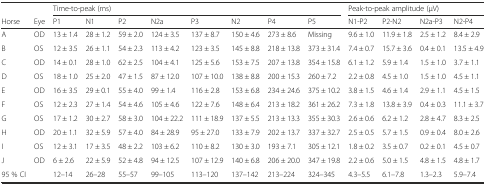
<table><thead><tr><td></td><td></td><td colspan="8"><b>Time-to-peak (ms)</b></td><td colspan="4"><b>Peak-to-peak amplitude (μV)</b></td></tr><tr><td><b>Horse</b></td><td><b>Eye</b></td><td><b>P1</b></td><td><b>N1</b></td><td><b>P2</b></td><td><b>N2a</b></td><td><b>P3</b></td><td><b>N2</b></td><td><b>P4</b></td><td><b>P5</b></td><td><b>N1-P2</b></td><td><b>P2-N2</b></td><td><b>N2a-P3</b></td><td><b>N2-P4</b></td></tr></thead><tbody><tr><td>A</td><td>OD</td><td>13 ± 1.4</td><td>28 ± 1.2</td><td>59 ± 2.0</td><td>124 ± 3.5</td><td>137 ± 8.7</td><td>150 ± 4.6</td><td>273 ± 8.6</td><td>Missing</td><td>9.6 ± 1.0</td><td>11.9 ± 1.8</td><td>2.5 ± 1.2</td><td>8.4 ± 2.9</td></tr><tr><td>B</td><td>OS</td><td>12 ± 3.5</td><td>26 ± 1.1</td><td>54 ± 2.3</td><td>113 ± 4.2</td><td>123 ± 3.5</td><td>145 ± 8.8</td><td>218 ± 13.8</td><td>373 ± 31.4</td><td>7.4 ± 0.7</td><td>15.7 ± 3.6</td><td>0.4 ± 0.1</td><td>13.5 ± 4.9</td></tr><tr><td>C</td><td>OD</td><td>14 ± 0.1</td><td>28 ± 1.0</td><td>62 ± 2.5</td><td>104 ± 4.1</td><td>125 ± 5.6</td><td>153 ± 7.5</td><td>207 ± 13.8</td><td>354 ± 15.8</td><td>6.1 ± 1.2</td><td>5.9 ± 1.4</td><td>1.5 ± 1.0</td><td>3.7 ± 1.1</td></tr><tr><td>D</td><td>OS</td><td>18 ± 1.0</td><td>25 ± 2.0</td><td>47 ± 1.5</td><td>87 ± 12.0</td><td>107 ± 10.0</td><td>138 ± 8.8</td><td>200 ± 15.3</td><td>260 ± 7.2</td><td>2.2 ± 0.8</td><td>4.5 ± 1.0</td><td>1.5 ± 1.0</td><td>4.5 ± 1.1</td></tr><tr><td>E</td><td>OD</td><td>16 ± 3.5</td><td>29 ± 0.1</td><td>55 ± 4.0</td><td>99 ± 1.4</td><td>116 ± 2.8</td><td>153 ± 6.8</td><td>234 ± 24.6</td><td>375 ± 10.2</td><td>3.8 ± 1.5</td><td>4.6 ± 1.4</td><td>2.9 ± 1.1</td><td>4.5 ± 1.5</td></tr><tr><td>F</td><td>OS</td><td>12 ± 2.3</td><td>27 ± 1.4</td><td>54 ± 4.6</td><td>105 ± 4.6</td><td>122 ± 7.6</td><td>148 ± 6.4</td><td>213 ± 18.2</td><td>361 ± 26.2</td><td>7.3 ± 1.8</td><td>13.8 ± 3.9</td><td>0.4 ± 0.3</td><td>11.1 ± 3.7</td></tr><tr><td>G</td><td>OS</td><td>17 ± 1.2</td><td>30 ± 2.7</td><td>58 ± 3.0</td><td>104 ± 22.2</td><td>111 ± 18.9</td><td>137 ± 5.5</td><td>213 ± 13.3</td><td>355 ± 30.3</td><td>2.6 ± 0.6</td><td>6.2 ± 1.2</td><td>2.8 ± 4.7</td><td>8.3 ± 2.5</td></tr><tr><td>H</td><td>OD</td><td>20 ± 1.1</td><td>32 ± 5.9</td><td>57 ± 4.0</td><td>84 ± 28.9</td><td>95 ± 27.0</td><td>133 ± 7.9</td><td>202 ± 13.7</td><td>337 ± 32.7</td><td>2.5 ± 0.5</td><td>5.7 ± 1.5</td><td>0.9 ± 0.4</td><td>8.0 ± 2.6</td></tr><tr><td>I</td><td>OS</td><td>12 ± 3.1</td><td>17 ± 3.5</td><td>48 ± 2.2</td><td>103 ± 6.2</td><td>110 ± 8.2</td><td>130 ± 3.0</td><td>193 ± 7.1</td><td>305 ± 12.1</td><td>1.8 ± 0.2</td><td>3.5 ± 0.7</td><td>0.2 ± 0.1</td><td>4.5 ± 0.7</td></tr><tr><td>J</td><td>OD</td><td>6 ± 2.6</td><td>22 ± 5.9</td><td>52 ± 4.8</td><td>94 ± 12.5</td><td>107 ± 12.9</td><td>140 ± 6.8</td><td>206 ± 20.0</td><td>347 ± 19.8</td><td>2.2 ± 0.6</td><td>5.0 ± 1.5</td><td>4.8 ± 1.5</td><td>4.8 ± 1.7</td></tr><tr><td>95 % CI</td><td></td><td>12–14</td><td>26–28</td><td>55–57</td><td>99–105</td><td>113–120</td><td>137–142</td><td>213–224</td><td>324–345</td><td>4.3–5.5</td><td>6.1–7.8</td><td>1.3–2.3</td><td>5.9–7.4</td></tr></tbody></table>